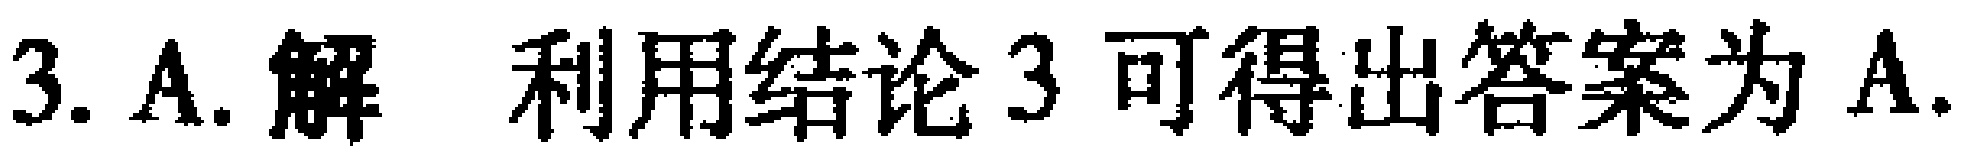
3. A. 解 利用结论 3 可得出答案为 A.